Vaccination report Assam 1874-1896 - 1874-1896
Year: 1874
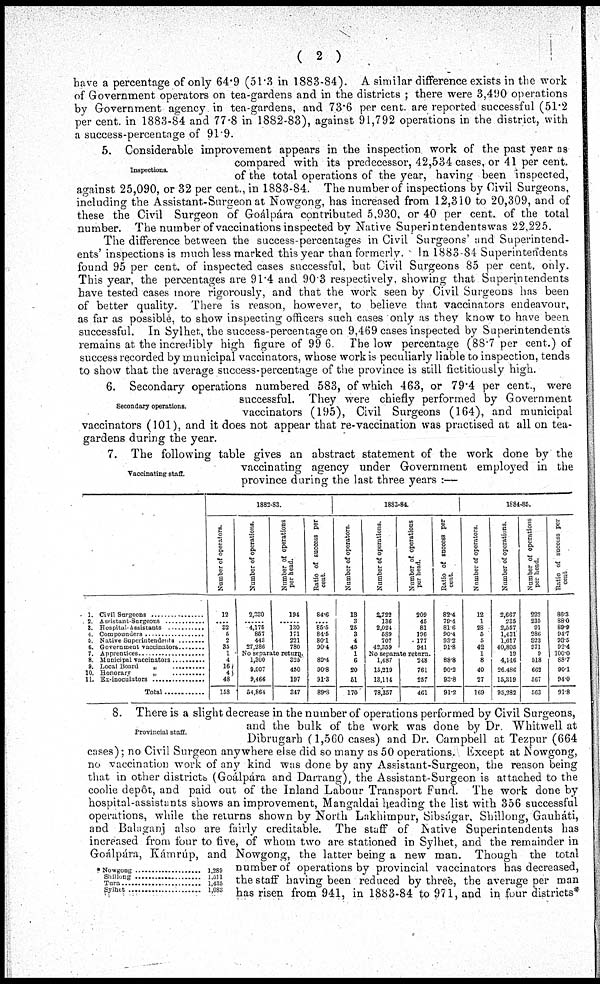
( 2 )
have a percentage of only 64.9 (51.3 in 1883-84). A similar difference exists in the work
of Government operators on tea-gardens and in the districts ; there were 3,490 operations
by Government agency in tea-gardens, and 73.6 per cent. are reported successful (51.2
per cent. in 1883-84 and 77.8 in 1882-83), against 91,792 operations in the district, with
a success-percentage of 91.9.
Inspections.
5. Considerable improvement appears in the inspection work of the past year as
compared with its predecessor, 42,534 cases, or 41 per cent.
of the total operations of the year, having been inspected,
against 25,090, or 32 per cent., in 1883-84. The number of inspections by Civil Surgeons,
including the Assistant-Surgeon at Nowgong, has increased from 12,310 to 20,309, and of
these the Civil Surgeon of Goálpára contributed 5,930, or 40 per cent. of the total
number. The number of vaccinations inspected by Native Superintendents was 22,225.
The difference between the success-percentages in Civil Surgeons' and Superintend-
ents' inspections is much less marked this year than formerly. In 1883-84 Superintendents
found 95 per cent. of inspected cases successful, but Civil Surgeons 85 per cent. only.
This year, the percentages are 91.4 and 90.3 respectively showing that Superintendents
have tested cases more rigorously, and that the work seen by Civil Surgeons has been
of better quality. There is reason, however, to believe that vaccinators endeavour,
as far as possible, to show inspecting officers such cases only as they know to have been
successful. In Sylhet, the success-percentage on 9,469 cases inspected by Superintendents
remains at the incredibly high figure of 99 6 The low percentage (88.7 per cent.) of
success recorded by municipal vaccinators, whose work is peculiarly liable to inspection, tends
to show that the average success-percentage of the province is still fictitiously high.
Secondary operations.
6. Secondary operations numbered 583, of which 463, or 79.4 per cent., were
successful. They were chiefly performed by Government
vaccinators (195), Civil Surgeons (164), and municipal
vaccinators (101), and it does not appear that re-vaccination was practised at all on tea-
gardens during the year.
Vaccinating staff.
7. The following table gives an abstract statement of the work done by the
vaccinating agency under Government employed in the
province during the last three years :—
1.
2
3.
4.
5.
6.
7.
8.
9.
10.
11.
Civil Surgeons ................
Assistant Surgeons
Hospital-Assistants ..........
Compounders ...............
Native Superintendents .........
Government vaccinators ...........
Apprentices .......................
Municipal vaccinators ............
Local Board „ ................
Honorary „ .............
Ex-inoculators .......
Total ....................
1882-33.
Number of operators.
12
.... 32
5
2
35
1
4
16
4
48
158
Number of operations.
2,330
...... 4,175
857
443
27,286
Number of operations
per head.
194
...... 130
171
221
780
No separate return.
1,300
9,007
9,466
54,864
325
450
197
347
Ratio of success per
cent.
84.6
...... 85.5
84.5
80.1
90.4
89.4
90.8
91.3
89.3
1883-84.
Number of operators.
13
3
25
3
4
45
1
6
20
51
170
Number of operations.
2,722
136
2,024
589
707
42,359
Number of operations
per head.
209
45
81
196
177
941
No separate return.
1,487
15,219
13,114
78,357
248
761
257
461
Ratio of success per
cent.
82.4
79.4
81.6
90.4
93.2
91.8
88.8
90.2
93.8
91.2
1884-85.
Number of operators
12
1
28
5
5
42
1
8
40
27
169
Number of operations
2,667
235
2,557
1,431
1,617
40,805
19
4,146
26,486
15,319
95,282
Number of operations
per head.
222
235
91
286
823
971
9
518
662
567
563
Ratio of success per
cent
86.3
88.0
89.9
94.7
93.5
92.4
100.0
88.7
90.1
94.0
91.8
Provincial staff.
*Nowgong ...............
Shillong .................
Tura .......................
Sylhet ....................
1,289
1 511
1,435
1,083
8. There is a slight decrease in the number of operations performed by Civil Surgeons,
and the bulk of the work was done by Dr. Whitwell at
Dibrugarh (1,560 cases) and Dr. Campbell at Tezpur (664
cases); no Civil Surgeon anywhere else did so many as 50 operations. Except at Nowgong,
no vaccination work of any kind was done by any Assistant-Surgeon, the reason being
that in other districts (Goálpára and Darrang), the Assistant-Surgeon is attached to the
coolie depôt, and paid out of the Inland Labour Transport Fund. The work done by
hospital-assistants shows an improvement, Mangaldai heading the list with 356 successful
operations, while the returns shown by North Lakhimpur, Sibságar, Shillong, Gauháti,
and Balaganj also are fairly creditable. The staff of Native Superintendents has
increased from four to five, of whom two are stationed in Sylhet, and the remainder in
Goálpára, Kámrúp, and Nowgong, the latter being a new man. Though the total
number of operations by provincial vaccinators has decreased,
the staff having been reduced by three, the average per man
has risen from 941, in 1883-84 to 971, and in four districts*